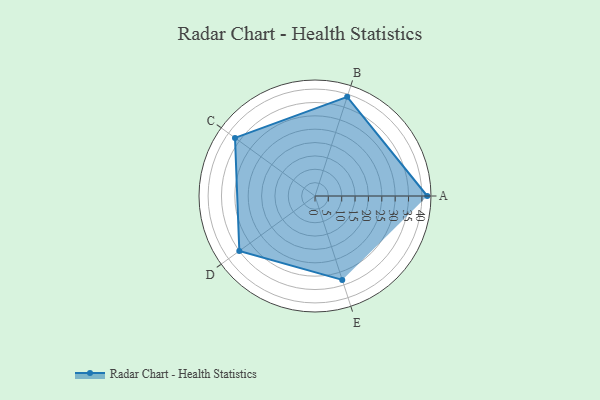
{"axis": {"x": "Skill", "y": "Score"}, "legend": ["Profile"], "data": [{"x": "A", "y": 42.0, "type": "Profile"}, {"x": "B", "y": 39.0, "type": "Profile"}, {"x": "C", "y": 37.0, "type": "Profile"}, {"x": "D", "y": 35.0, "type": "Profile"}, {"x": "E", "y": 33.0, "type": "Profile"}]}